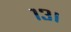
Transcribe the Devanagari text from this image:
१३।